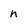
Character: n